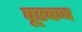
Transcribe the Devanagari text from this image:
पूरकच